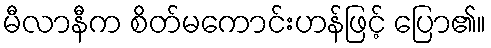
မီလာနီက စိတ်မကောင်းဟန်ဖြင့် ပြော၏။